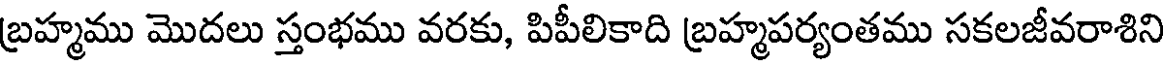
బ్రహ్మము మొదలు స్తంభము వరకు, పిపీలికాది బ్రహ్మపర్యంతము సకలజీవరాశిని